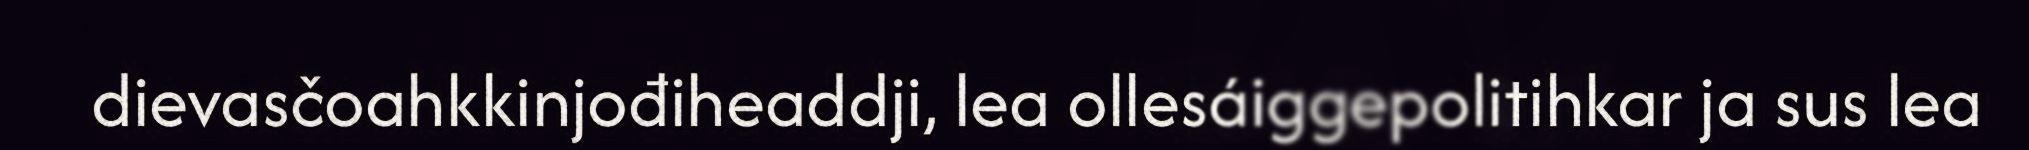
dievasčoahkkinjođiheaddji, lea ollesáiggepolitihkar ja sus lea